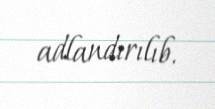
adlandırılıb.